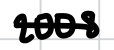
Text: 2008
Cross-out: single-line
Writing tool: digital_black